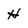
Character: H